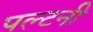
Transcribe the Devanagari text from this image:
पल्टनी